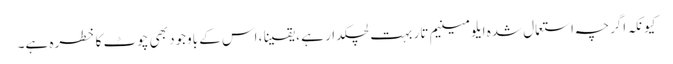
کیونکہ اگرچہ استعمال شدہ ایلومینیم تار بہت لچکدار ہے ، یقینا ، اس کے باوجود بھی چوٹ کا خطرہ ہے۔